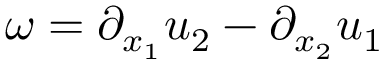
\omega = \partial _ { x _ { 1 } } u _ { 2 } - \partial _ { x _ { 2 } } u _ { 1 }